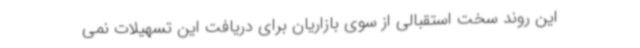
این روند سخت استقبالی از سوی بازاریان برای دریافت این تسهیلات نمی